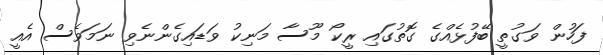
ފަހުން ވަގުތީ ބޭފުޅެއްގެ ގޮތުގައި ރީކޯ މޫސާ މަނިކު ވަޑައިގެންނެވި ނަމަވެސް އެއީ